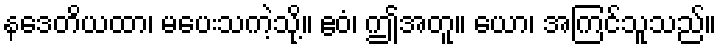
နဒေတိယထာ၊ မပေးသကဲ့သို့။ ဧဝံ၊ ဤအတူ။ ယော၊ အကြင်သူသည်။